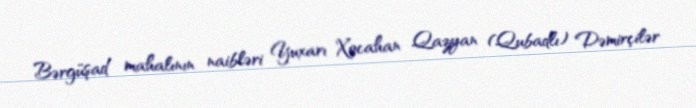
Bərgüşad mahalının naibləri Yuxarı Xocahan Qazyan (Qubadlı) Dəmirçilər